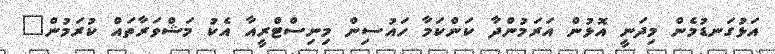
އަޅުގަނޑުމެން މިދަނީ އޮޅުން އަރަމުންދާ ކަންކަމާ ހައުސިން މިނިސްޓްރީއާ އެކު މަޝްވަރާތައް ކުރަމުން"